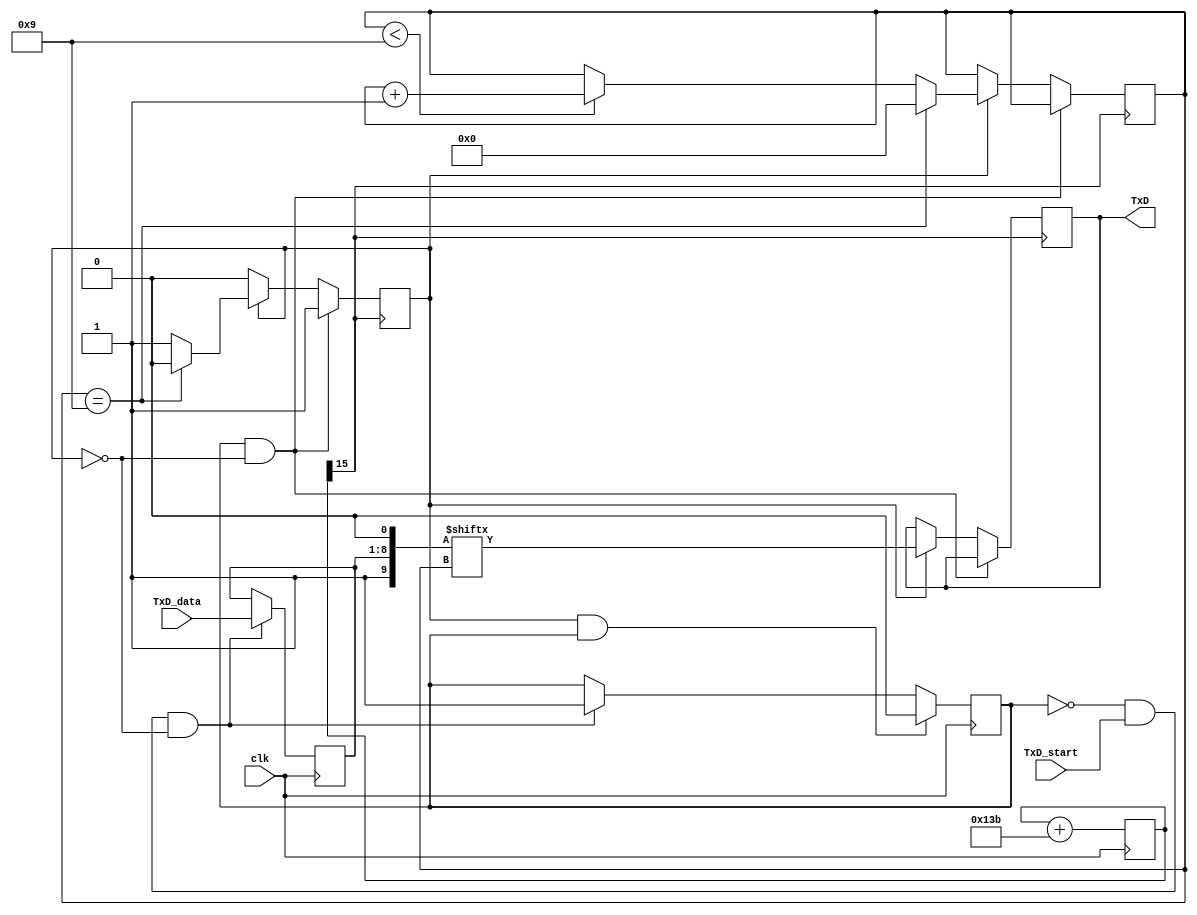
`timescale 1ns / 1ps
//////////////////////////////////////////////////////////////////////////////////
// Company: 
// Engineer: 
// 
// Design Name: 
// Module Name:    ASYNC_Transmitter
// Project Name: 
// Target Devices: 
// Tool versions: 
// Description: 
//
// Dependencies: 
//
// Revision: 
// Revision 0.01 - File Created
// Additional Comments: 
//
//////////////////////////////////////////////////////////////////////////////////
module ASYNC_Transmitter(
    input clk,TxD_start,
    input [7:0] TxD_data,
    output TxD
    );

	 reg busy = 0;
    reg [3:0] counter = 0;
    reg [9:0] T_register = 10'b10_0000_0000;
    reg out =1,TxD_start_flag = 0;
	 
	 //////////////////////////////////////////////////////////////////////////////////
	 //Generating BuadTick
    parameter ClkFrequency = 24000000; // 24MHz
    parameter Baud = 115200;
    parameter BaudGeneratorAccWidth = 16;
    parameter BaudGeneratorInc = ((Baud<<(BaudGeneratorAccWidth-4))+(ClkFrequency>>5))/(ClkFrequency>>4);

    reg [BaudGeneratorAccWidth:0] BaudGeneratorAcc = 0;

    always @(posedge clk)
    BaudGeneratorAcc <= BaudGeneratorAcc[BaudGeneratorAccWidth:0] + BaudGeneratorInc;

    wire BaudTick = BaudGeneratorAcc[BaudGeneratorAccWidth-1];
	 //////////////////////////////////////////////////////////////////////////////////
	 
	 
	 //////////////////////////////////////////////////////////////////////////////////
	 //wait for start command
    always @(posedge clk) begin
        if((!TxD_start_flag) && TxD_start && !busy) begin
            TxD_start_flag <= 1;
            T_register[8:1] <= TxD_data;
        end
        if(busy && TxD_start_flag) begin 
            TxD_start_flag <= 0;
        end
    end 
	 //////////////////////////////////////////////////////////////////////////////////
	 
	 
	 //////////////////////////////////////////////////////////////////////////////////	
	 //Start transmitting data
    always @(posedge BaudTick) begin
            if(TxD_start_flag && !(busy))  busy <= 1;
            else if (busy) begin
                if (counter < 9)   counter <= counter+1;
                out <= T_register[counter];
                if (counter == 9) begin
                    busy <= 0;
                    counter <= 0;
                end
            end
    end
	//////////////////////////////////////////////////////////////////////////////////
	 
	 assign TxD = out;	 

endmodule